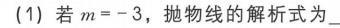
(1) 若\(m = - 3\)，抛物线的解析式为\_